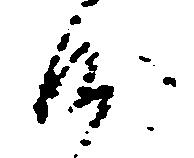
沙